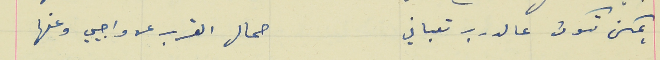
يمكن تكون عالدرب تعباني                                         حمال القرب عن واجبي وعنها